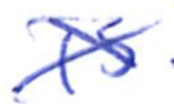
Text: is
Cross-out: cross
Writing tool: ballpoint